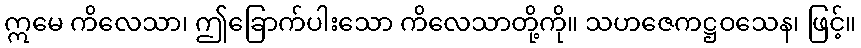
ဣမေ ကိလေသာ၊ ဤခြောက်ပါးသော ကိလေသာတို့ကို။ သဟဇေကဋ္ဌဝသေန၊ ဖြင့်။